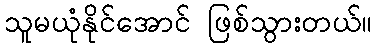
သူမယုံနိုင်အောင် ဖြစ်သွားတယ်။